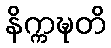
နိက္ကဍ္ဎတိ